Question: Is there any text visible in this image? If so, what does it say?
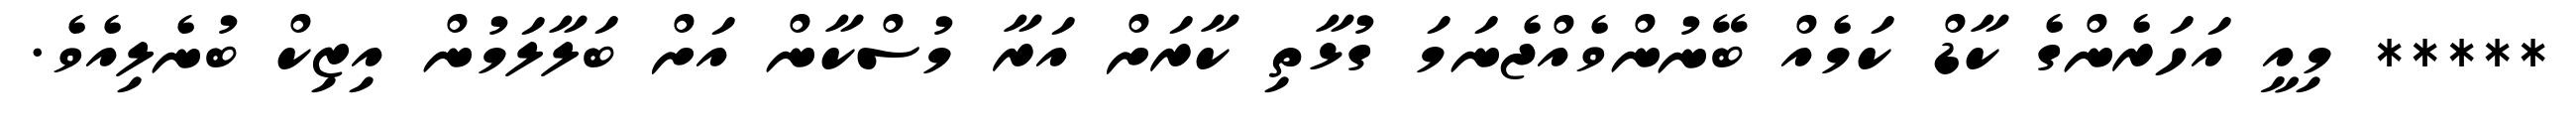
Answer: ***** މިއީ އަހަރެންގެ ކާޑް ކަމެއް ބޭނުންވެއްޖެނަމަ ގުޅާތި ކާރަށް އަރާ މުސްކާން އަށް ބަލާލަމުން އިޒިކް ބުނެލިއެވެ.